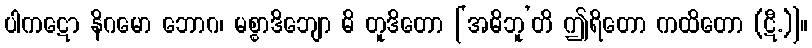
ပါကဋော နိဂမော ဘောဂ၊ မစ္စာဒိဘျော ဓိ တူဒိတော [‘အဓိဘူ’တိ ဤရိတော ကထိတော (ဋီ.)]။